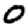
Digit: 0